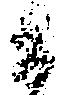
間